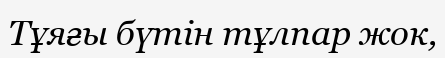
Тұяғы бүтін тұлпар жок,